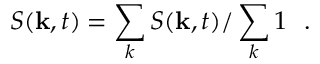
S ( \mathbf { k } , t ) = \sum _ { k } S ( \mathbf { k } , t ) / \sum _ { k } 1 \ \ .